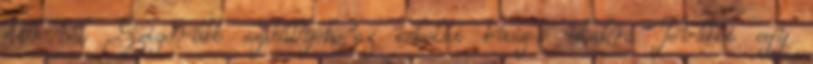
Air-nél Szigorúbb szabályok az iskolai buszos utakra További egy